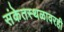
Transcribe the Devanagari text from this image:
संकेतस्थळावरही